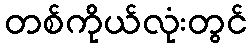
တစ်ကိုယ်လုံးတွင်